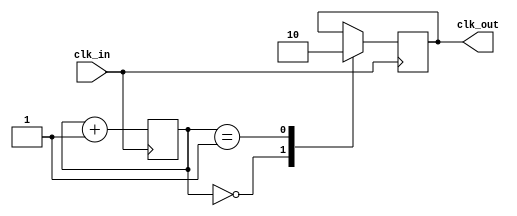
module fractional_clock_divider (
    input wire clk_in,
    output reg clk_out
);

reg [7:0] count = 8'h00; // 8-bit counter for fractional division

always @(posedge clk_in)
begin
    count <= count + 1; // Increment counter on every rising clock edge
    case(count)
        8'h00: clk_out <= 1'b1; // Divide by 1 (output high for 1 cycle)
        8'h01: clk_out <= 1'b0; // Divide by 1 (output low for 1 cycle)
        // Add more cases for fractional division as needed
        // Example: 8'h02: clk_out <= ~clk_out; // Divide by 2
        // Example: 8'h03: clk_out <= 1'b0; // Divide by 2
    endcase
end

endmodule